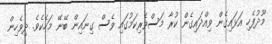
މޫދުފެހި އަޅައިގެން ވިއްދައިގެން ކުރާ މަސްވެރިކަމުގައި ވެސް ގިނައިން ބޭނޭ މަހެކެވެ. ދިވެހިން